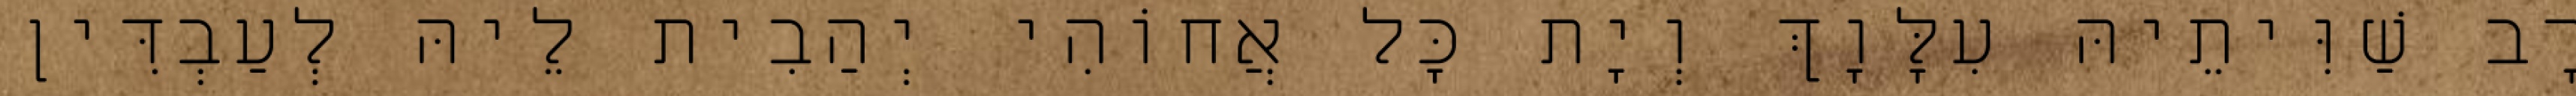
רָב שַׁוִּיתֵיהּ עִלָּוָךְ וְיָת כָּל אֲחוֹהִי יְהַבִית לֵיהּ לְעַבְדִּין